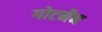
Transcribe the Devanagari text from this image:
गोटमैन